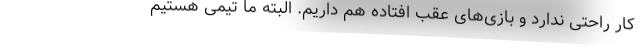
کار راحتی ندارد و بازی‌های عقب افتاده هم داریم. البته ما تیمی هستیم